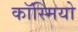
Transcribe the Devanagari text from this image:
कॉस्मियो